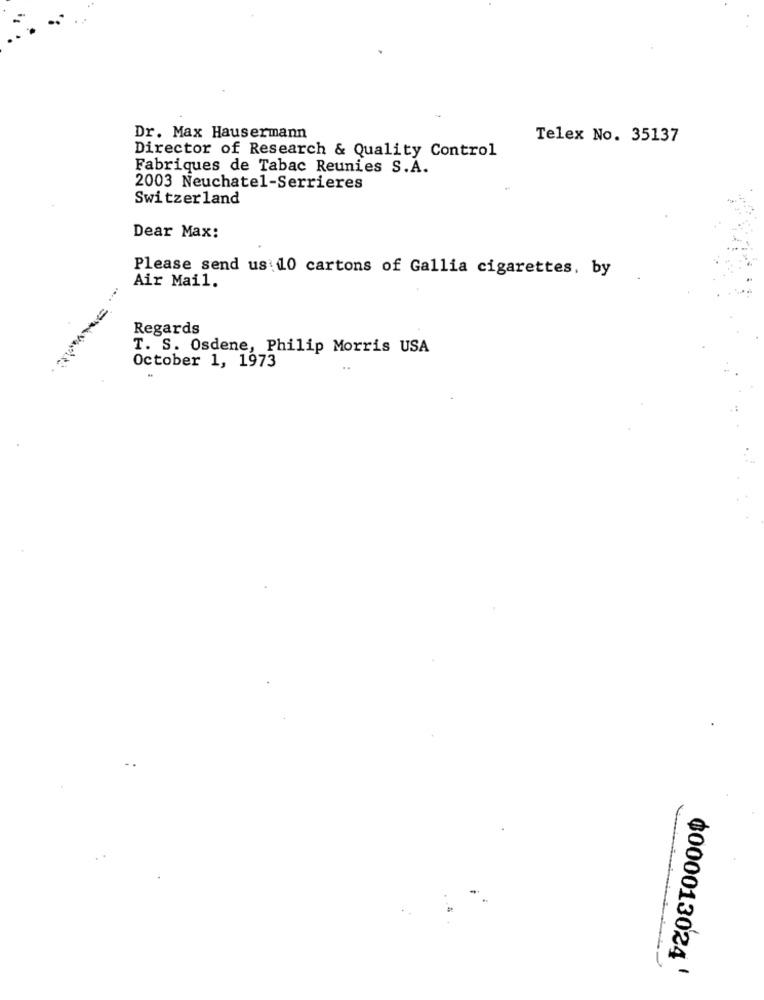
Dr. Max Hausermann
Telex No. 35137
Director of Research & Quality Control
Fabriques de Tabac Reunies S.A.
2003 Neuchatel-Serrieres
Switzerland
Dear Max:
Please send us:10 cartons of Gallia cigarettes, by
Air Mail.
Regards
T. S. Osdene, Philip Morris USA
October 1, 1973
฿000013024'